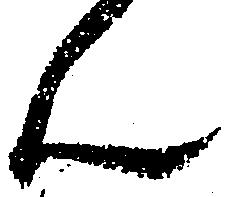
ん